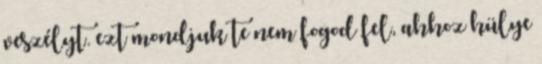
veszélyt. ezt mondjuk te nem fogod fel, ahhoz hülye